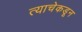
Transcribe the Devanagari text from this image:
त्याचेकडून